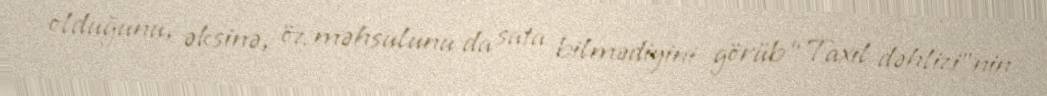
olduğunu, əksinə, öz məhsulunu da sata bilmədiyini görüb “Taxıl dəhlizi”nin